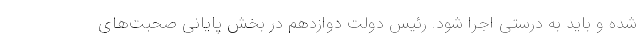
شده و باید به درستی اجرا شود. رئیس دولت دوازدهم در بخش پایانی صحبت‌های